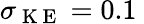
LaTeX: \sigma_{\mathrm{~K~E~}}=0.1\